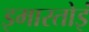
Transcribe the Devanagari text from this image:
इमारतोइं